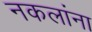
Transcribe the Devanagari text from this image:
नकलांना